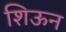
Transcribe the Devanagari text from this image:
शिऊन